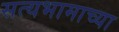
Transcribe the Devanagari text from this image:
सत्यभामाच्या